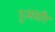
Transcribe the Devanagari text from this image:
हुआडाँग